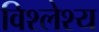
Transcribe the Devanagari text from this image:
विश्लेश्य